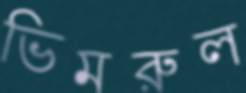
ভিমরুল